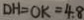
D H = O K = 4 . 8